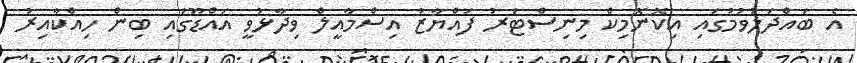
އެ ބައްދަލުވުމުގައި އިކޮނޮމިކް މިނިސްޓަރު ފައްޔާޒު އިސްމާއީލް ވިދާޅުވީ އައްޑޫގައި ބިން ހިއްކާއިރު